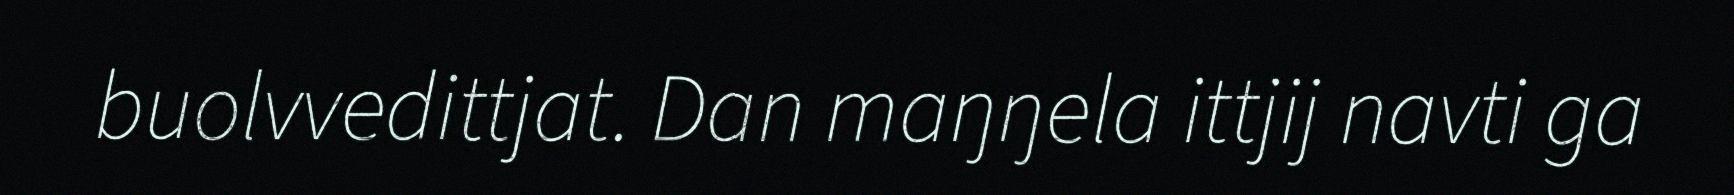
buolvvedittjat. Dan maŋŋela ittjij navti ga